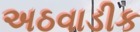
અઠવાડીક